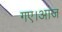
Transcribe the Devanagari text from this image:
गए।आज